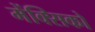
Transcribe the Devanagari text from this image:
मेंक्सिको